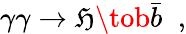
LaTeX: \gamma\gamma\to\mathfrak{H}\tob\bar{{b}}\; \; ,